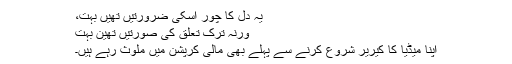
یہ دل کا چور اسکی ضرورتیں تھیں بہت،
ورنہ ترک تعلق کی صورتیں تھین بہت
اپنا میڈیا کا کیریر شروع کرنے سے پہلے بھی مالی کرپشن میں ملوث رہے ہیں۔